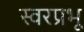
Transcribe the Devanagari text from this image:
स्वरप्रभू